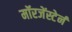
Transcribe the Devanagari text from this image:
मॉरजेंस्टेर्न